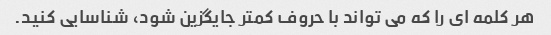
هر کلمه ای را که می تواند با حروف کمتر جایگزین شود، شناسایی کنید.